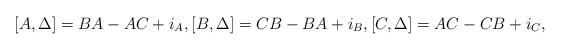
LaTeX: \begin{align*} [A,\Delta]=BA-AC+i_{A},[B,\Delta]=CB-BA+i_{B},[C,\Delta] =AC-CB+i_{C},\end{align*}